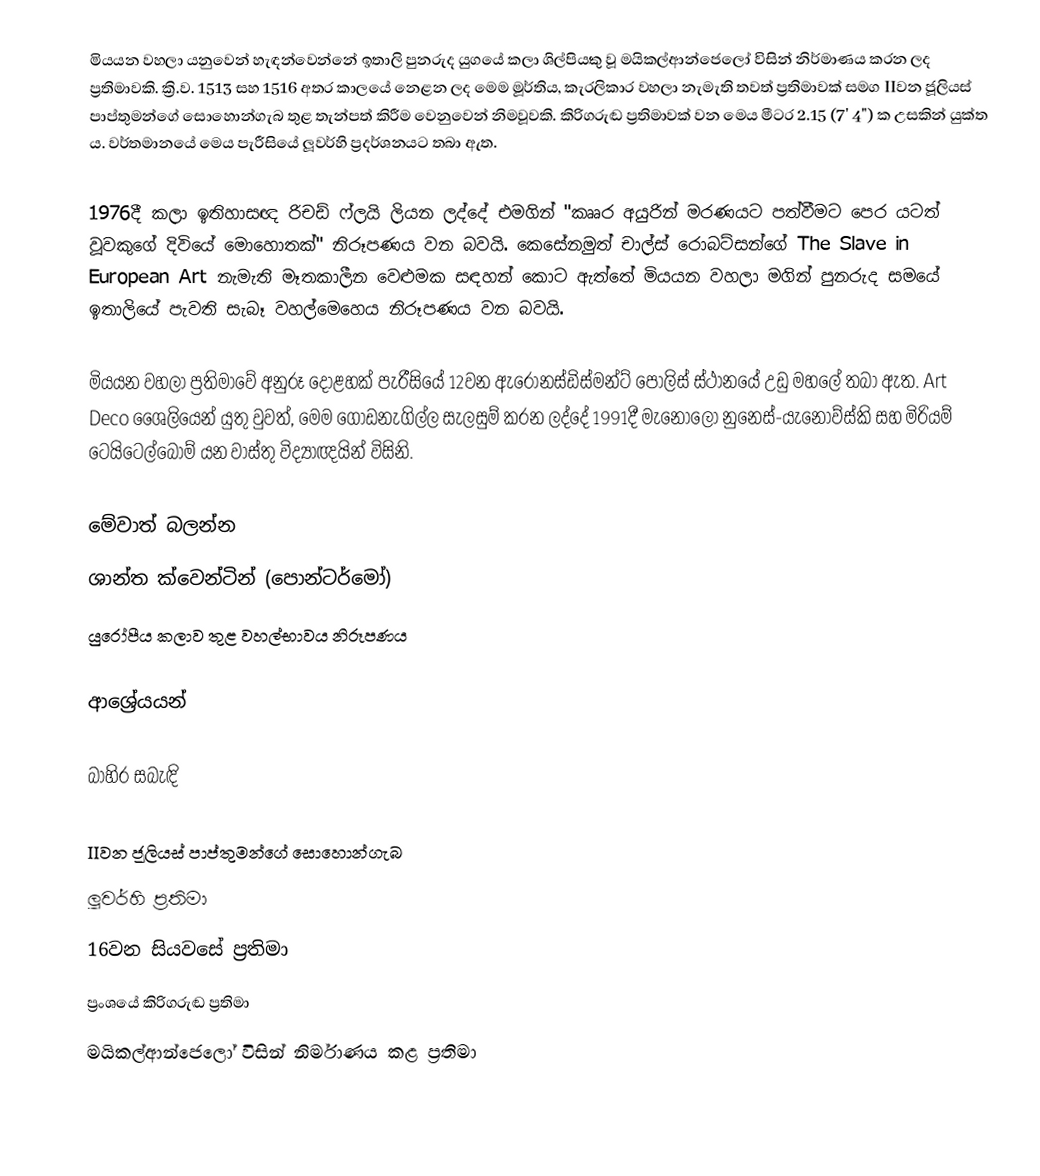
මියයන වහලා යනුවෙන් හැඳන්වෙන්නේ ඉතාලි පුනරුද යුගයේ කලා ශිල්පියකු වූ මයිකල්ආන්ජෙලෝ විසින් නිර්මාණය කරන ලද ප්‍රතිමාවකි. ක්‍රි.ව. 1513 සහ 1516 අතර කාලයේ නෙළන ලද මෙම මූර්තිය, කැරලිකාර වහලා නැමැති තවත් ප්‍රතිමාවක් සමග IIවන ජූලියස් පාප්තුමන්ගේ සොහොන්ගැබ තුළ තැන්පත් කිරීම වෙනුවෙන් නිමවූවකි. කිරිගරුඬ ප්‍රතිමාවක් වන මෙය මීටර 2.15 (7' 4") ක උසකින් යුක්ත ය. වර්තමානයේ මෙය පැරීසියේ ලූවර්හි ප්‍රදර්ශනයට තබා ඇත.

1976දී කලා ඉතිහාසඥ රිචඩ් ෆ්ලයි ලියන ලද්දේ එමගින් "කෲර අයුරින් මරණයට පත්වීමට පෙර යටත් වූවකුගේ දිවියේ මොහොතක්" නිරූපණය වන බවයි. කෙසේනමුත් චාල්ස් රොබට්සන්ගේ The Slave in European Art නැමැති මෑතකාලීන වෙළුමක සඳහන් කොට ඇත්තේ මියයන වහලා මගින් පුනරුද සමයේ ඉතාලියේ පැවති සැබෑ වහල්මෙහෙය නිරූපණය වන බවයි.

මියයන වහලා ප්‍රතිමාවේ අනුරූ දොළහක් පැරීසියේ 12වන ඇරොනස්ඩිස්මන්ට් පොලිස් ස්ථානයේ උඩු මහලේ තබා ඇත. Art Deco ශෛලියෙන් යුතු වුවත්, මෙම ගොඩනැගිල්ල සැලසුම් කරන ලද්දේ 1991දී මැනෝලෝ නුනෙස්-යැනොව්ස්කි සහ මිරියම් ටෙයිටෙල්බෝම් යන වාස්තු විද්‍යාඥයින් විසිනි.

මේවාත් බලන්න
ශාන්ත ක්වෙන්ටින් (පොන්ටර්මෝ)
යුරෝපීය කලාව තුළ වහල්භාවය නිරූපණය

ආශ්‍රේයයන්

බාහිර සබැඳි

IIවන ජූලියස් පාප්තුමන්ගේ සොහොන්ගැබ
ලූවර්හි ප්‍රතිමා
16වන සියවසේ ප්‍රතිමා
ප්‍රංශයේ කිරිගරුඬ ප්‍රතිමා
මයිකල්ආන්ජෙලෝ විසින් නිර්මාණය කළ ප්‍රතිමා